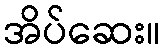
အိပ်ဆေး။